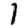
Digit: 1